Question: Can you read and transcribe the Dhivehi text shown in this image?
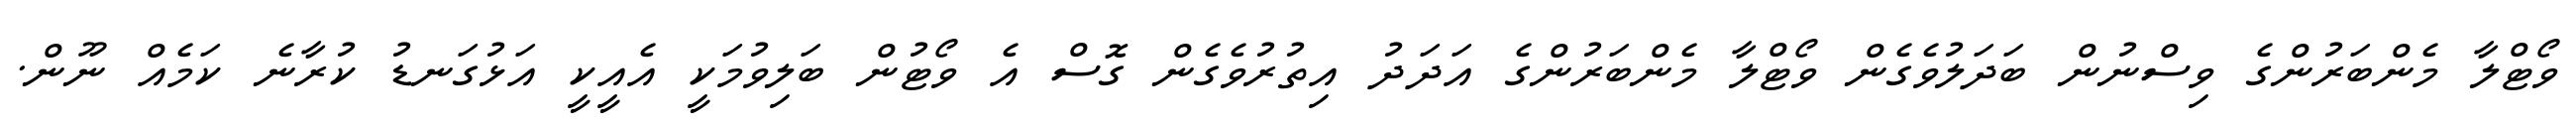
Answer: ވޯޓްލާ މެންބަރުންގެ ވިސްނުން ބަދަލުވެގެން ވޯޓްލާ މެންބަރުންގެ އަދަދު އިތުރުވެގެން ގޮސް އެ ވޯޓުން ބަލިވުމަކީ އެއީކީ އަޅުގަނޑު ކުރާނެ ކަމެއް ނޫން.